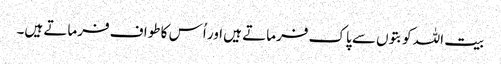
بیت اللہ کو بتوں سے پاک فرماتے ہیں اور اُس کا طواف فرماتے ہیں۔